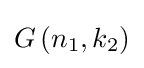
G\left(n_{1},k_{2}\right)